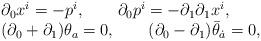
LaTeX: \begin{align*}\begin{array}{l} \partial_0x^i=-p^i, \qquad\partial_0p^i=-\partial_1\partial_1x^i,\\(\partial_0+\partial_1)\theta_a=0, \qquad(\partial_0-\partial_1)\bar\theta_{\dot a}=0,\end{array}\end{align*}